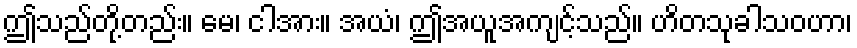
ဤသည်တို့တည်း။ မေ၊ ငါအား။ အယံ၊ ဤအယူအကျင့်သည်။ ဟိတသုခါသဝဟာ၊